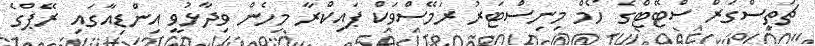
ޗަތިސްގަރް ސްޓޭޓްގެ ހޯމް މިނިސްޓަރު ރަމޭސްވަކް ޕައިކްރާ މިހެން ވިދާޅުވީ އިންޑިއާގައި ރޭޕްގެ